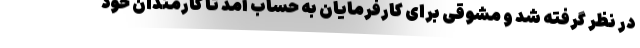
در نظر گرفته شد و مشوقی برای کارفرمایان به حساب آمد تا کارمندان خود